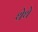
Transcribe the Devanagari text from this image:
थेथे